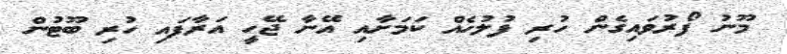
މޫނު ފޯރުވައިގެން ހުރި ފުލުހެއް ކަމަށާއި އޭނާ ޖޭހީ އަރާފައި ހުރި ބޫޓުން